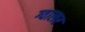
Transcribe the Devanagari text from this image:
ग्वालर